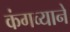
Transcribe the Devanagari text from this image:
कंगव्याने